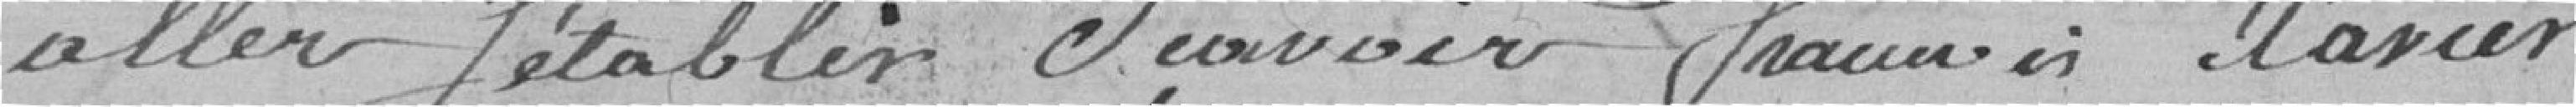
aller s'établir Savoir François Xavier